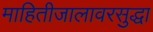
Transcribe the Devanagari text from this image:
माहितीजालावरसुद्धा